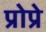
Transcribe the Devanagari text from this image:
प्रोप्रे